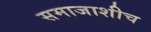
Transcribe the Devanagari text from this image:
समाजाशीच